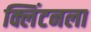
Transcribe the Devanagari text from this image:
क्लिंटनला